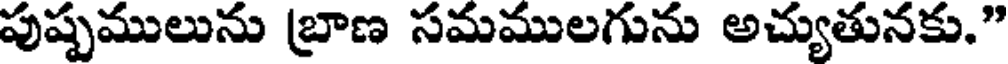
పుష్పములును బ్రాణ సమములగును అచ్యుతునకు."